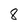
Character: 8